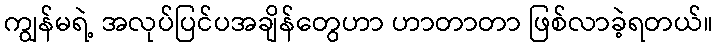
ကျွန်မရဲ့ အလုပ်ပြင်ပအချိန်တွေဟာ ဟာတာတာ ဖြစ်လာခဲ့ရတယ်။